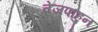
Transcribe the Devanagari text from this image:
तेजपाहुन